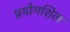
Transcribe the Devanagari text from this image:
प्रयोगशिल